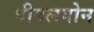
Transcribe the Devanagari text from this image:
पीपलगोन